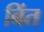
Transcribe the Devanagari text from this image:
बिंत